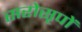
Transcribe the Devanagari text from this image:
सरोसृपों